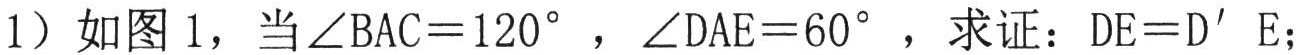
（1）如图 1，当\(\angle BAC = 120^{\circ}\)，\(\angle DAE = 60^{\circ}\)，求证：\(DE = D'E\)；